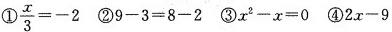
① $$\frac { x } { 3 } = - 2$$ ②$$9 - 3 = 8 - 2$$ ③$$x ^ { 2 } - x = 0$$ ④$$2 x - 9$$